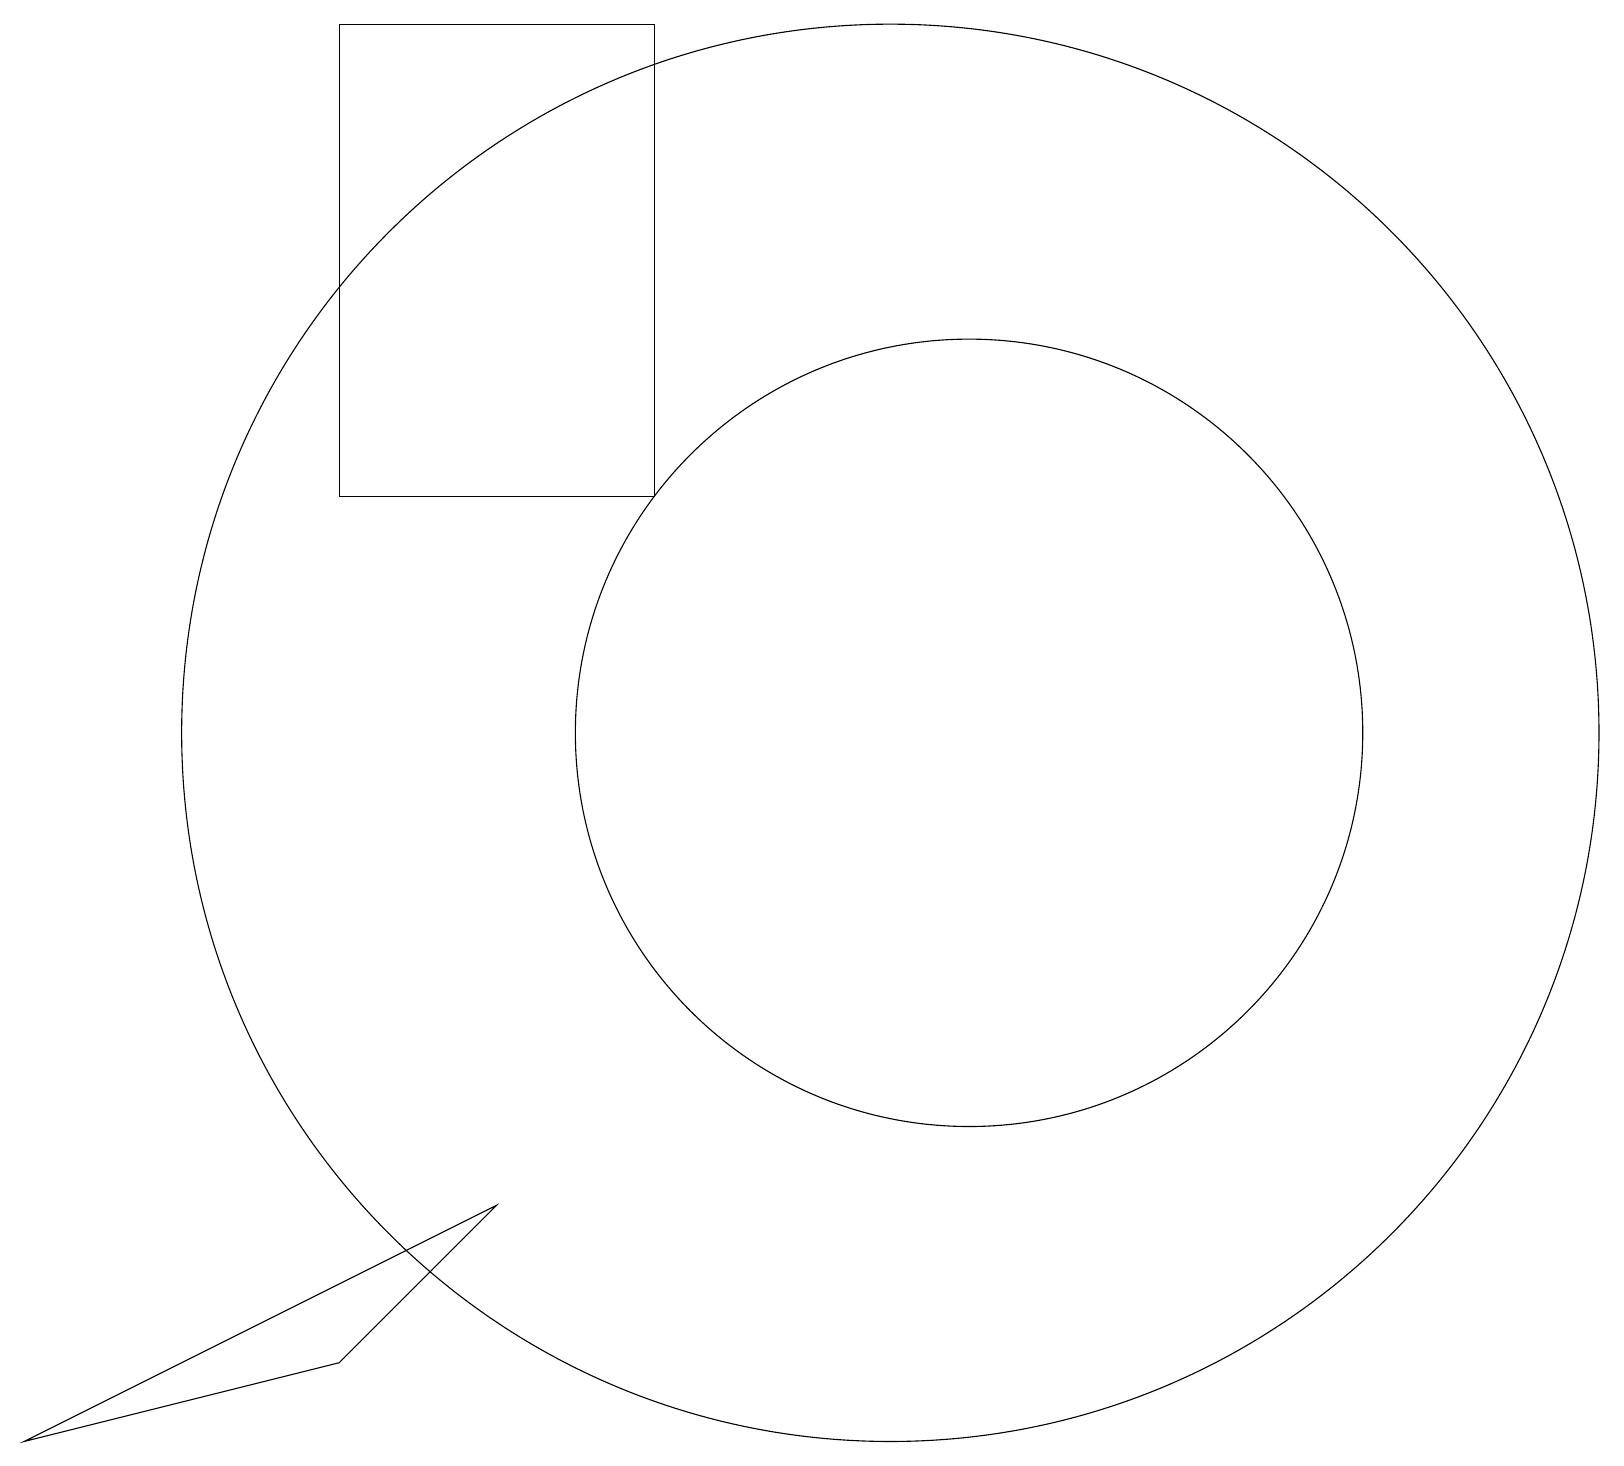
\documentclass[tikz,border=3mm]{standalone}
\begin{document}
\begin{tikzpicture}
\draw (4,19) rectangle (8,13);
\draw (11,10) circle (9);
\draw (12,10) circle (5);
\draw (0,1) -- (6,4) -- (4,2) -- cycle;
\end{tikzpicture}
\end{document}